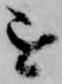
を